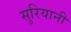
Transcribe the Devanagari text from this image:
सुरियानी